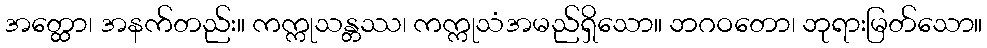
အတ္ထော၊ အနက်တည်း။ ကက္ကုသန္တဿ၊ ကက္ကုသံအမည်ရှိသော။ ဘဂဝတော၊ ဘုရားမြတ်သော။